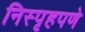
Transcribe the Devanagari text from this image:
निस्पृहपणे